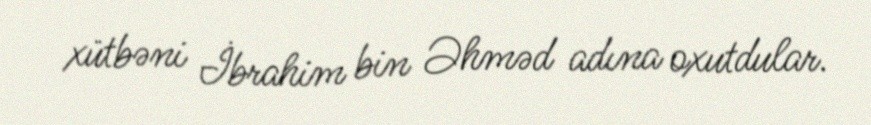
xütbəni İbrahim bin Əhməd adına oxutdular.